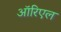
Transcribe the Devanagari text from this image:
ऑरिएल